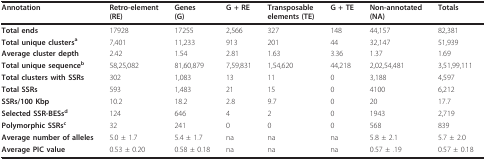
<table><thead><tr><td><b>Annotation</b></td><td><b>Retro-element(RE)</b></td><td><b>Genes(G)</b></td><td><b>G + RE</b></td><td><b>Transposable elements (TE)</b></td><td><b>G + TE</b></td><td><b>Non-annotated(NA)</b></td><td><b>Totals</b></td></tr></thead><tbody><tr><td><b>Total ends</b></td><td>17928</td><td>17255</td><td>2,566</td><td>327</td><td>148</td><td>44,157</td><td>82,381</td></tr><tr><td><b>Total unique clusters<sup>a</sup></b></td><td>7,401</td><td>11,233</td><td>913</td><td>201</td><td>44</td><td>32,147</td><td>51,939</td></tr><tr><td><b>Average cluster depth</b></td><td>2.42</td><td>1.54</td><td>2.81</td><td>1.63</td><td>3.36</td><td>1.37</td><td>1.69</td></tr><tr><td><b>Total unique sequence<sup>b</sup></b></td><td>58,25,082</td><td>81,60,879</td><td>7,59,831</td><td>1,54,620</td><td>44,218</td><td>2,02,54,481</td><td>3,51,99,111</td></tr><tr><td><b>Total clusters with SSRs</b></td><td>302</td><td>1,083</td><td>13</td><td>11</td><td>0</td><td>3,188</td><td>4,597</td></tr><tr><td><b>Total SSRs</b></td><td>593</td><td>1,483</td><td>21</td><td>15</td><td>0</td><td>4100</td><td>6,212</td></tr><tr><td><b>SSRs/100 Kbp</b></td><td>10.2</td><td>18.2</td><td>2.8</td><td>9.7</td><td>0</td><td>20</td><td>17.7</td></tr><tr><td><b>Selected SSR-BESs<sup>d</sup></b></td><td>124</td><td>646</td><td>4</td><td>2</td><td>0</td><td>1943</td><td>2,719</td></tr><tr><td><b>Polymorphic SSRs<sup>c</sup></b></td><td>32</td><td>241</td><td>0</td><td>0</td><td>0</td><td>568</td><td>839</td></tr><tr><td><b>Average number of alleles</b></td><td>5.0 ± 1.7</td><td>5.4 ± 1.7</td><td>na</td><td>na</td><td>na</td><td>5.8 ± 2.1</td><td>5.7 ± 2.0</td></tr><tr><td><b>Average PIC value</b></td><td>0.53 ± 0.20</td><td>0.58 ± 0.18</td><td>na</td><td>na</td><td>na</td><td>0.57 ± .19</td><td>0.57 ± 0.18</td></tr></tbody></table>